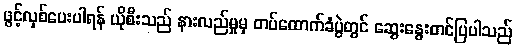
ဖွင့်လှစ်ပေးပါရန် ယိုစီးသည် နားလည်မှုမှ တပ်ထောက်ခံပွဲတွင် ဆွေးနွေးတင်ပြပါသည်